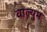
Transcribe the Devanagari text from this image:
वाल्युम